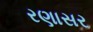
રણાસર